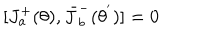
[ J _ { a } ^ { + } ( \theta ) , { \bar { J } } _ { b } ^ { - } ( { \theta } ^ { ' } ) ] = 0